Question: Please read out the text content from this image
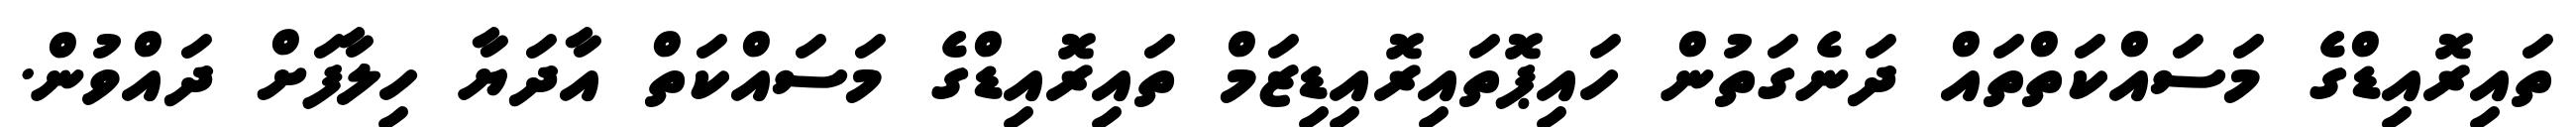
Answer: ތައިރޮއިޑްގެ މަސައްކަތްތައް ދަނެގަތުން ހައިޕޮތައިރޮއިޑިޒަމް ތައިރޮއިޑްގެ މަސައްކަތް އާދަޔާ ހިލާފަށް ދައްވުން.